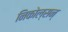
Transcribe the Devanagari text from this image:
निकोल्सन्‌